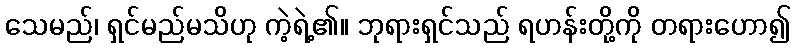
သေမည်၊ ရှင်မည်မသိဟု ကဲ့ရဲ့၏။ ဘုရားရှင်သည် ရဟန်းတို့ကို တရားဟော၍